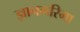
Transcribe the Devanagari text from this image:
ज्ञानगरिमा